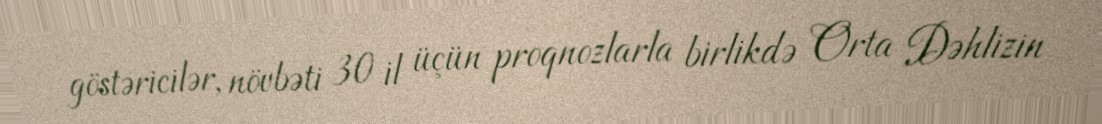
göstəricilər, növbəti 30 il üçün proqnozlarla birlikdə Orta Dəhlizin